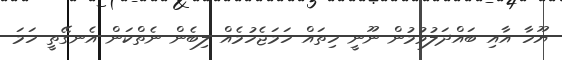
ޔޫހާ އާއި ބައްދަލުވުމުން ނޫނީ ހިތައް ހަމަޖެހުމެއް ލިބެން ނެތްކަން އެނގޭތީ ހަމަ